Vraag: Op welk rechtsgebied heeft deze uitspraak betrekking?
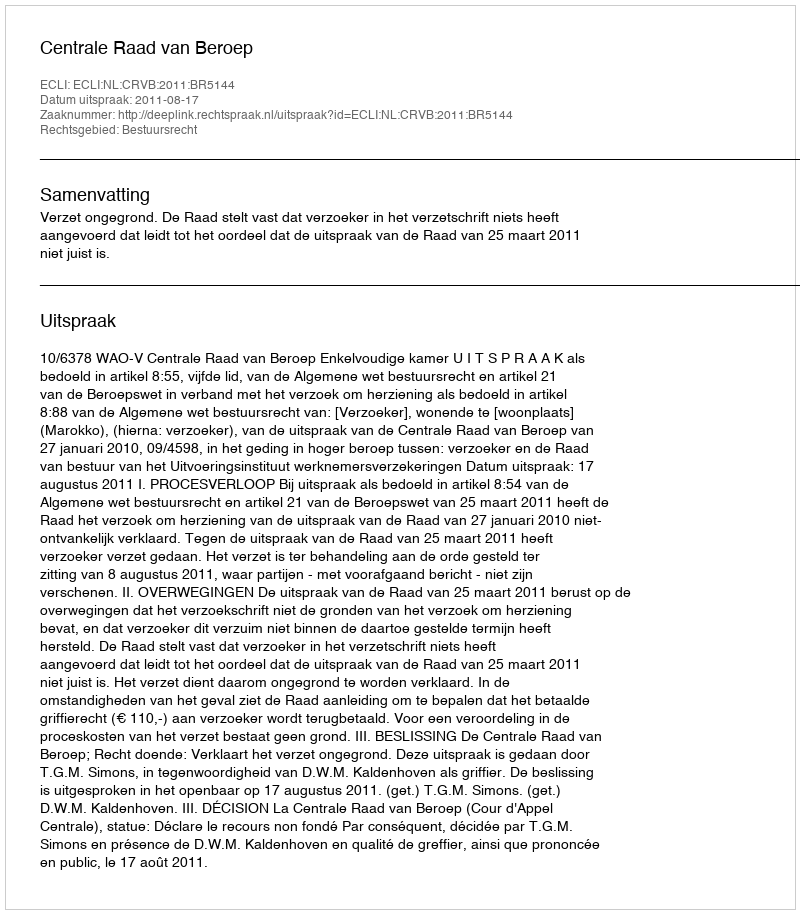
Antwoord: Bestuursrecht